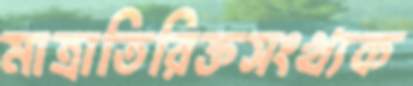
মাত্রাতিরিক্তসংখ্যক